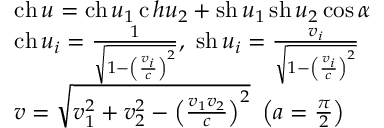
{ \begin{array} { l } { \operatorname { c h } { u } = \operatorname { c h } { u _ { 1 } } \operatorname { c } h { u _ { 2 } } + \operatorname { s h } { u _ { 1 } } \operatorname { s h } { u _ { 2 } } \cos \alpha } \\ { \operatorname { c h } { u _ { i } } = { \frac { 1 } { \sqrt { 1 - \left( { \frac { v _ { i } } { c } } \right) ^ { 2 } } } } , \ \operatorname { s h } { u _ { i } } = { \frac { v _ { i } } { \sqrt { 1 - \left( { \frac { v _ { i } } { c } } \right) ^ { 2 } } } } } \\ { v = { \sqrt { v _ { 1 } ^ { 2 } + v _ { 2 } ^ { 2 } - \left( { \frac { v _ { 1 } v _ { 2 } } { c } } \right) ^ { 2 } } } \ \left( a = { \frac { \pi } { 2 } } \right) } \end{array} }